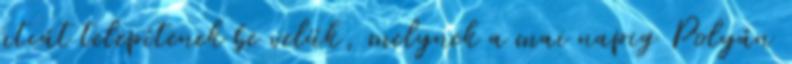
utcát telepítenek be velük, melynek a mai napig Polyán